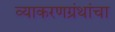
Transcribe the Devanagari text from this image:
व्याकरणग्रंथांचा